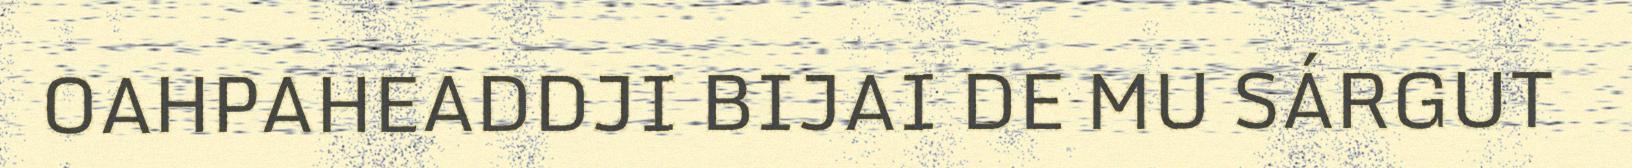
OAHPAHEADDJI BIJAI DE MU SÁRGUT